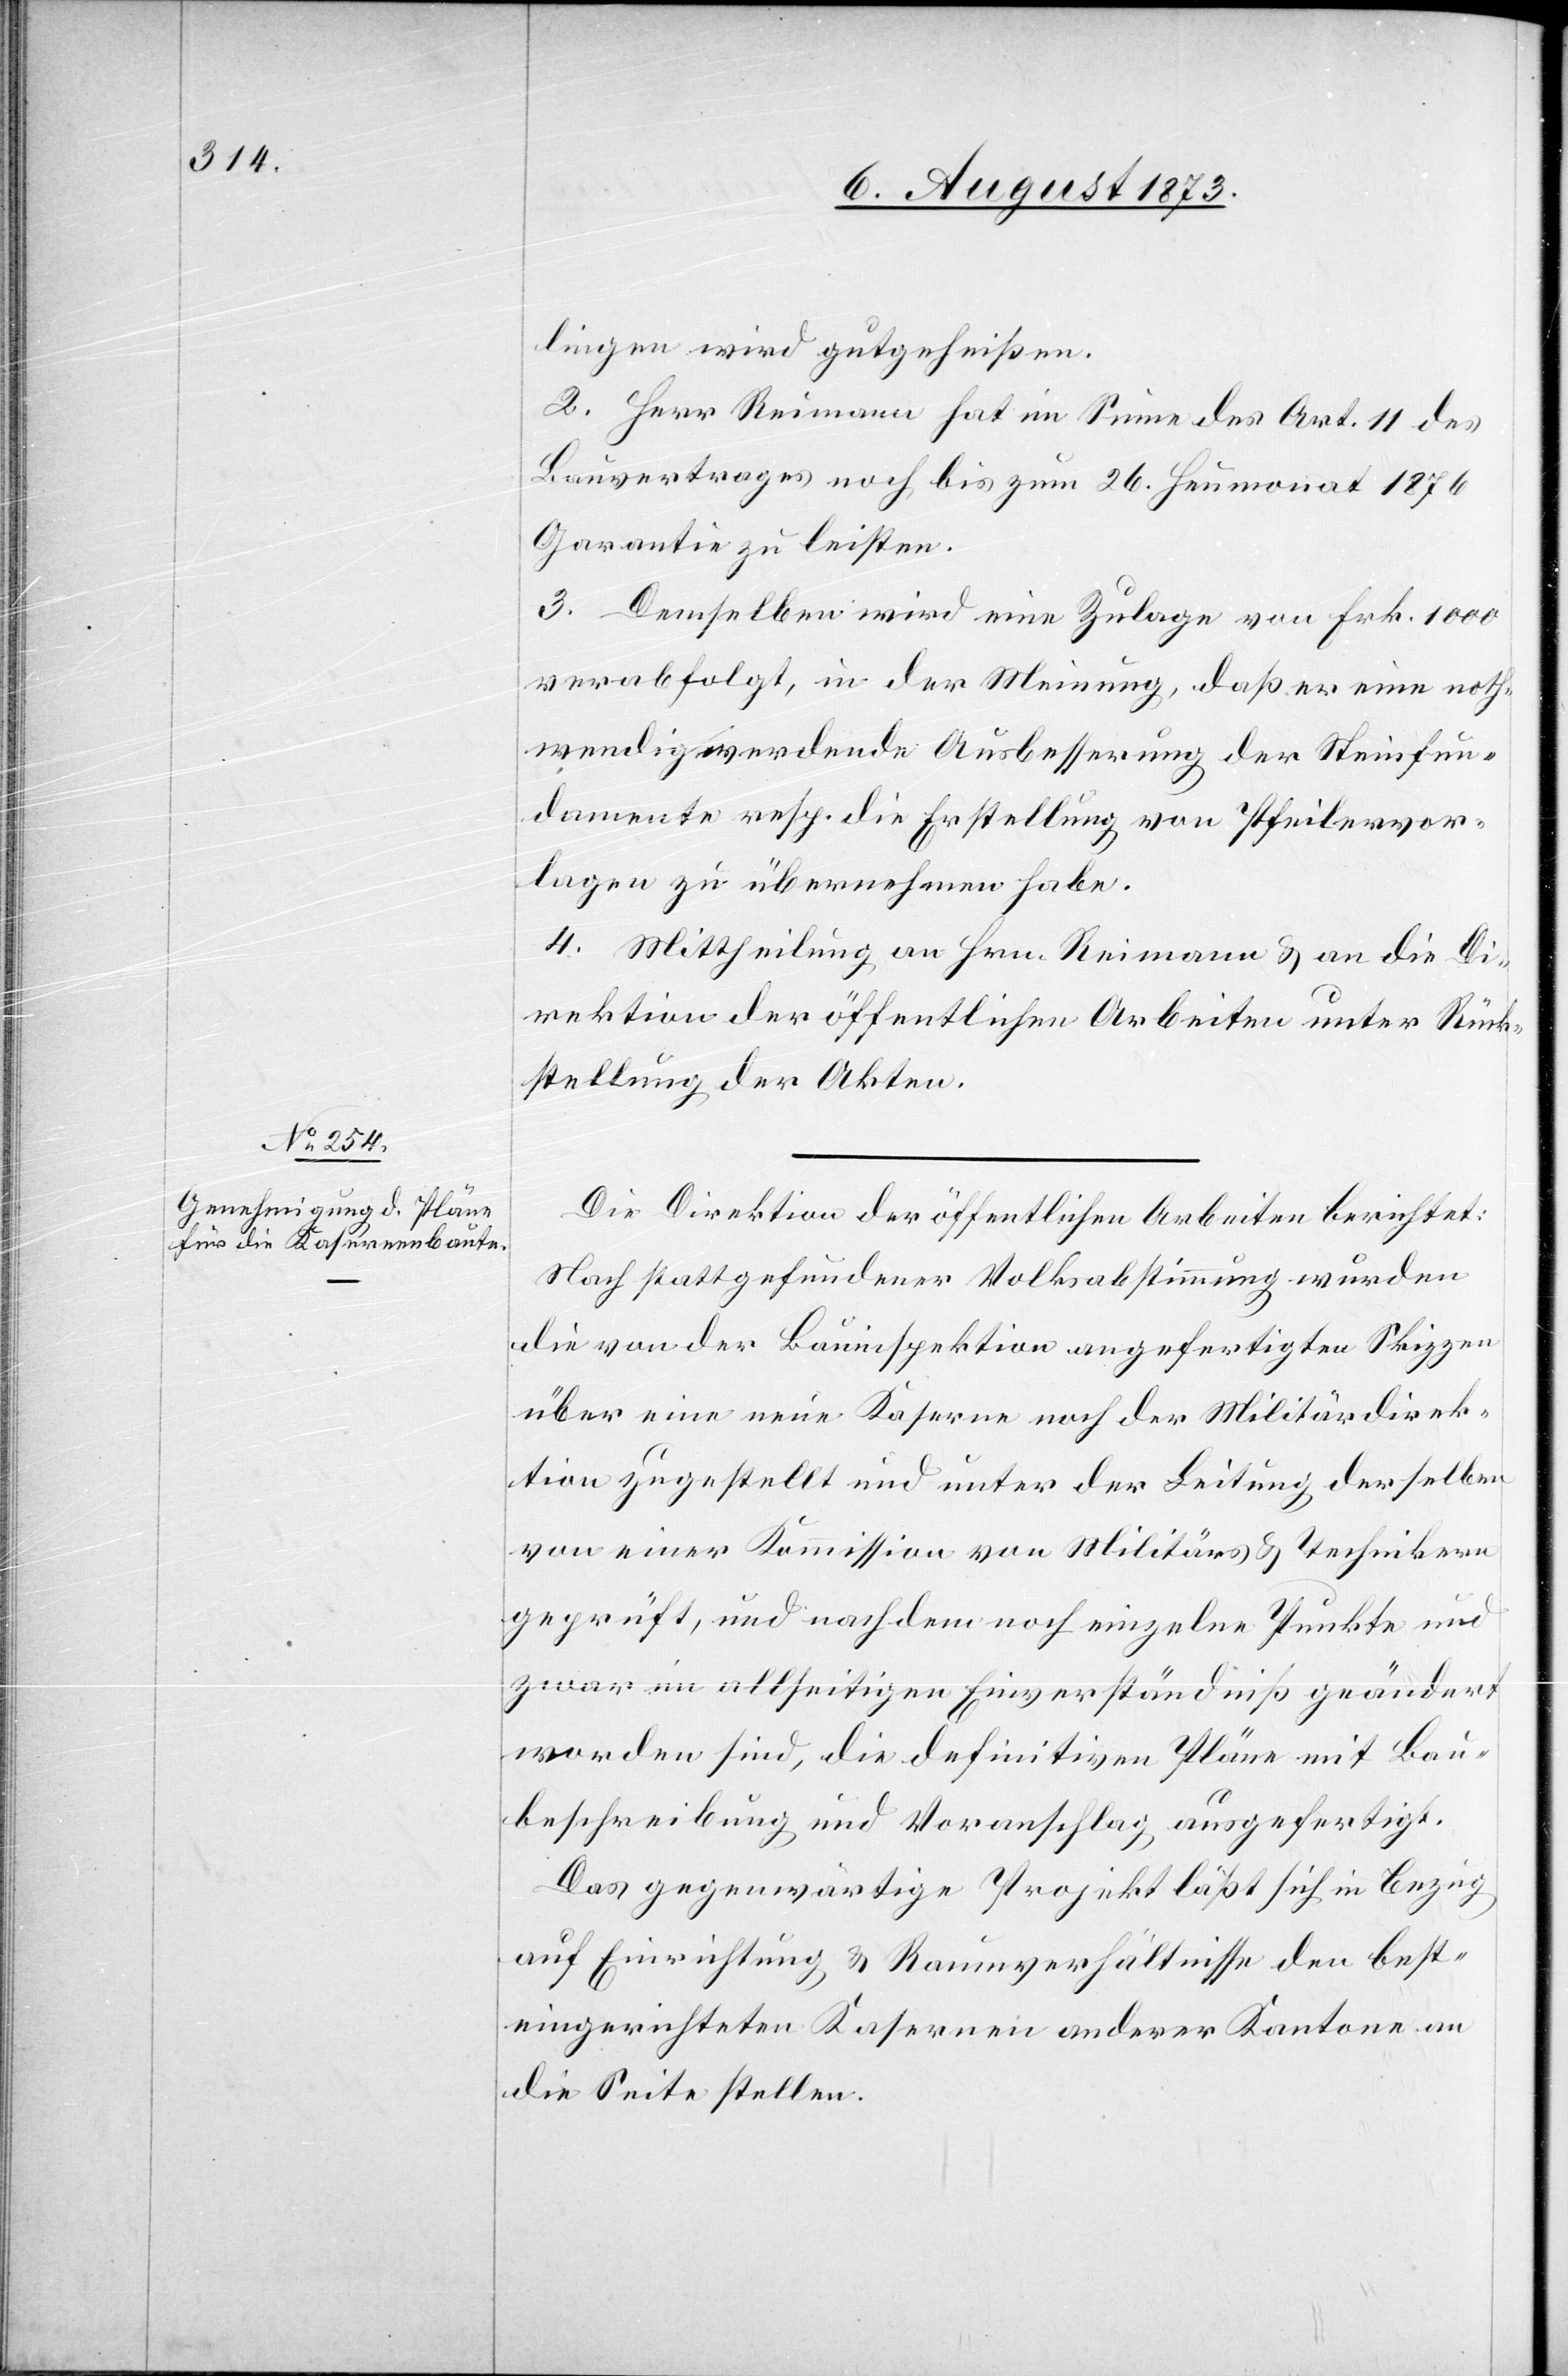
lingen wird gutgeheißen.
2. Herr Reimann hat im Sinne des Art. 11 des
Bauvertrages noch bis zum 26. Heumonat 1876
Garantie zu leisten.
3. Demselben wird eine Zulage von Frk. 1 000
verabfolgt, in der Meinung, daß er eine noth¬
wendig werdende Ausbesserung der Steinfun¬
damente resp. die Erstellung von Pfeilervor¬
lagen zu übernehmen habe.
4. Mittheilung an Hrn. Reimann & an die Di¬
rektion der öffentlichen Arbeiten unter Rück¬
stellung der Akten.
Die Direktion der öffentlichen Arbeiten berichtet:
Nach stattgefundener Volksabstimmung wurden
die von der Bauinspektion angefertigten Skizzen
über eine neue Kaserne noch der Militärdirek¬
tion zugestellt und unter der Leitung derselben
von einer Kommission von Militärs & Technikern
geprüft, und nachdem noch einzelne Punkte und
zwar im allseitigen Einverständniß geändert
worden sind, die definitiven Pläne mit Bau¬
beschreibung und Voranschlag ausgefertigt.
Das gegenwärtige Projekt läßt sich in Bezug
auf Einrichtung & Raumverhältnisse den best¬
eingerichteten Kasernen anderer Kantone an
die Seite stellen.